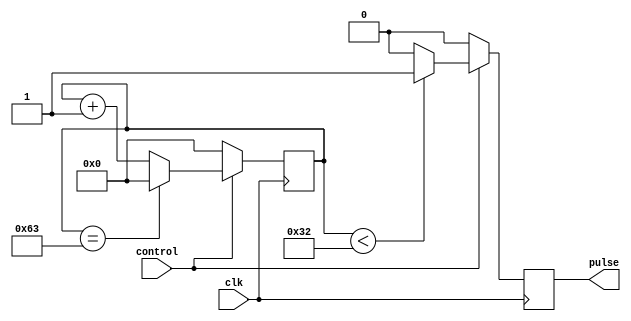
module duty_cycle_pulse_gen (
    input wire control,      // control signal to activate pulse generation
    input wire clk,          // clock signal for synchronization
    output wire pulse        // output pulse with specified duty cycle
);

reg [7:0] counter;
reg pulse_reg;

always @(posedge clk) begin
    if (control) begin
        counter <= counter + 1;
        if (counter < 50) begin   // pulse width for 50 cycles
            pulse_reg <= 1;
        end else begin
            pulse_reg <= 0;
        end
        
        if (counter == 99) begin  // total period of pulse is 100 cycles
            counter <= 0;
        end
    end else begin
        counter <= 0;
        pulse_reg <= 0;
    end
end

assign pulse = pulse_reg;

endmodule